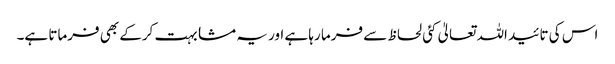
اس کی تائید اللہ تعالیٰ کئی لحاظ سے فرما رہا ہے اور یہ مشابہت کرکے بھی فرماتا ہے۔